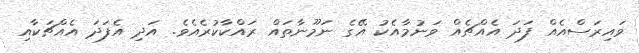
ވައިރަސްއެއް ފަދަ އެއްޗެއް ވަނުމާއެކު އޭގެ ނަމޫނާތައް ރައްކާކުރެއެވެ. އަދި އެފަދަ އެއްޗަކާއި